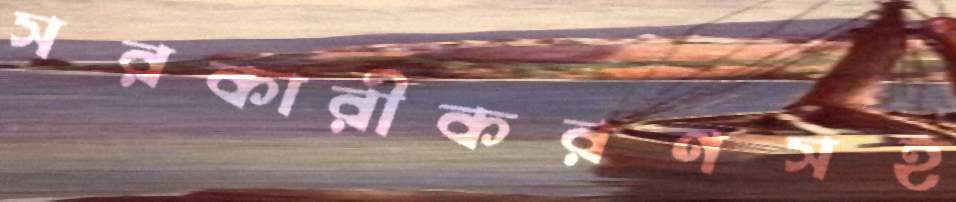
সরকারীকরণসহ